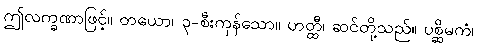
ဤလက္ခဏာဖြင့်။ တယော၊ ၃-စီးကုန်သော။ ဟတ္ထီ၊ ဆင်တို့သည်။ ပစ္ဆိမကံ၊